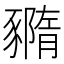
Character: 䝐